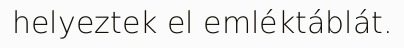
helyeztek el emléktáblát.